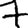
Digit: 7